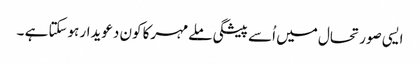
ایسی صورتحال میں اُسے پیشگی ملےمہرکا کون دعویدار ہوسکتا ہے ۔